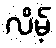
လိမ့်